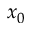
x _ { 0 }